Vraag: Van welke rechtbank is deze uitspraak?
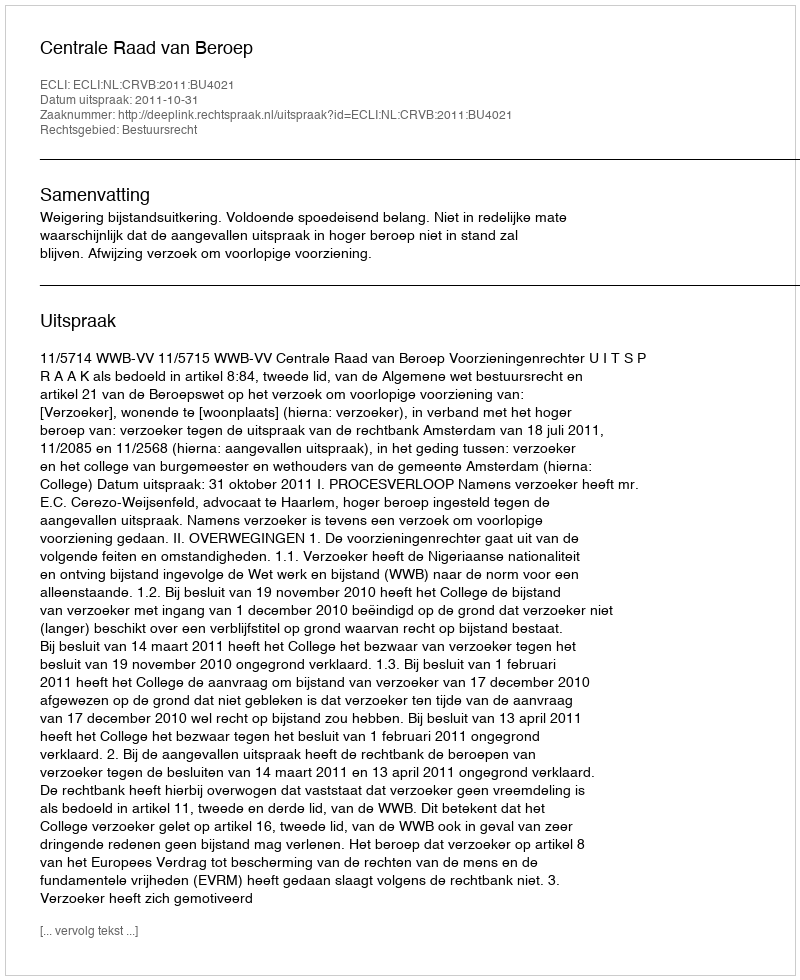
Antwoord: Centrale Raad van Beroep